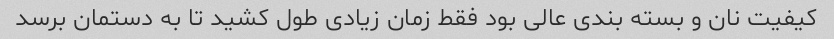
کیفیت نان و بسته بندی عالی بود فقط زمان زیادی طول کشید تا به دستمان برسد